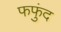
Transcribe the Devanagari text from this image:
फफुंद